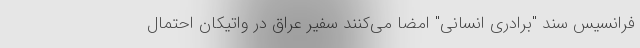
فرانسیس سند "برادری انسانی" امضا می‌کنند سفیر عراق در واتیکان احتمال